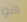
هو